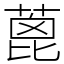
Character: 蓖